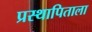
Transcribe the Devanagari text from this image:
प्रस्थापिताला